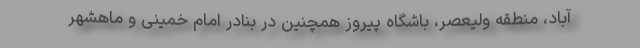
آباد، منطقه ولیعصر، باشگاه پیروز همچنین در بنادر امام خمینی و ماهشهر